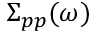
\Sigma _ { p p } ( \omega )